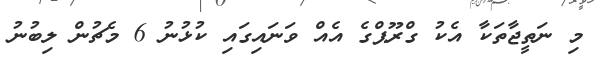
މި ނަތީޖާތަކާ އެކު ގްރޫޕްގެ އެއް ވަނައިގައި ކުޅުނު 6 މެޗުން ލިބުނު